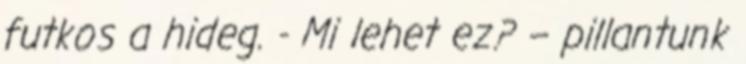
futkos a hideg. - Mi lehet ez? – pillantunk